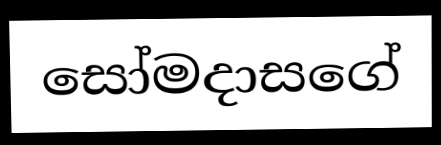
සෝමදාසගේ